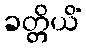
ခတ္တိယိံ